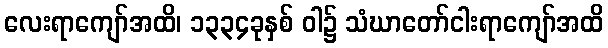
လေးရာကျော်အထိ၊ ၁၃၃၄ခုနှစ် ဝါ၌ သံဃာတော်ငါးရာကျော်အထိ